Civil Veterinary Dept. North-West Frontier Province 1933-46 - 1933-1946
Year: 1933
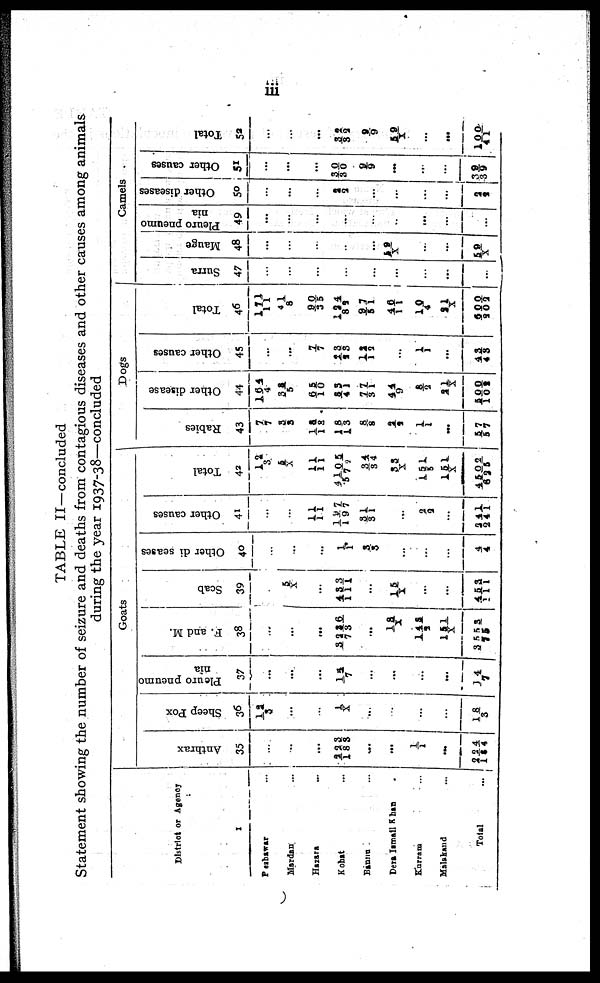
iii
TABLE II—concluded
Statement showing the number of seizure and deaths from contagious diseases and other causes among animals
during the year 1937-38—concluded
District or Agency
1
Peshawar ...
Mardan ...
Hazara ...
Kohat ...
Banna ...
Dera Ismail Khan .
Kurram ...
Malakand ...
Total ...
Goats
Anthrax
35
...
...
...
223/183
...
...
1/1
...
224/184
Sheep Pox
36
12/ 3
...
...
1/X
...
...
...
...
18/ 3
Pleuro pneumo
nia
37
...
...
...
15/7
...
...
...
...
14/7
F. and M.
38
...
...
...
3236/73
...
18/X
148/2
151/X
3553/75
Scab
39
...
5/X
...
433/111
...
15/X
...
...
453/111
Other diseases
40
...
...
...
1/1
3/3
...
...
...
4/4
Other causes
41
...
...
11/11
197/197
31/31
...
2/2
...
241/241
Total
42
12/3
5/X
11/11
4105/572
34/34
33/X
151/5
151/X
4502/625
Dogs
Rabies
43
7/7
3/3
18/18
18/18
8/8
2/2
1/ 1
...
57/57
Other disease
44
164/4
38/ 5
65/10
53/41
77/31
44/9
8/2
21/X
500/102
Other causes
45
...
...
7/7
13/13
12/12
...
1/ 1
...
43/43
Total
46
171/11
41/8
90/35
124/82
97/51
46/11
10/ 4
21/X
600/202
Camels
Surra
47
...
...
...
...
...
...
...
...
...
Mauge
48
...
...
...
...
...
59/X
...
...
59/X
Pleuro pneumo
nia
49
...
...
...
...
...
...
...
...
...
Other diseases
50
...
...
...
2/2
...
...
...
...
2/2
Other causes
51
...
...
...
30/ 30
9/9
...
...
...
39/39
Total
52
...
...
...
32/32
9/9
59/X
...
...
100/41